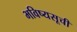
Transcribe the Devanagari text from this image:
भविष्यसूची